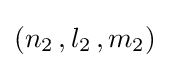
{\textstyle (n_{2}\,,l_{2}\,,m_{2})}